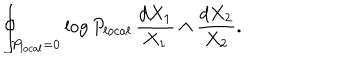
\oint _ { P _ { l o c a l } = 0 } \log P _ { l o c a l } \, \frac { d X _ { 1 } } { X _ { 1 } } \wedge \frac { d X _ { 2 } } { X _ { 2 } } .